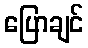
ပြောချင်